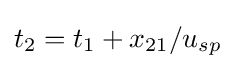
t_{2}=t_{1}+x_{21}/u_{sp}